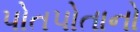
પોતપોતાનો